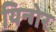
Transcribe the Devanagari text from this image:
यिन्गेर